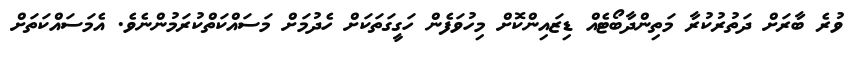
ވުރެ ބާރަށް ދަތުރުކުރާ މަތިންދާބޯޓެއް ޑިޒައިންކޮށް މިހުވަފެން ހަގީގަތަކަށް ހެދުމަށް މަސައްކަތްކުރަމުންނެވެ. އެމަސައްކަތަށް